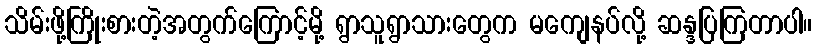
သိမ်းဖို့ကြိုးစားတဲ့အတွက်ကြောင့်မို့ ရွာသူရွာသားတွေက မကျေနပ်လို့ ဆန္ဒပြကြတာပါ။